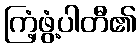
ကြံ့ဖွံ့ပါတီ၏